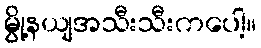
မွို့နယျအသီးသီးကပေါ့။